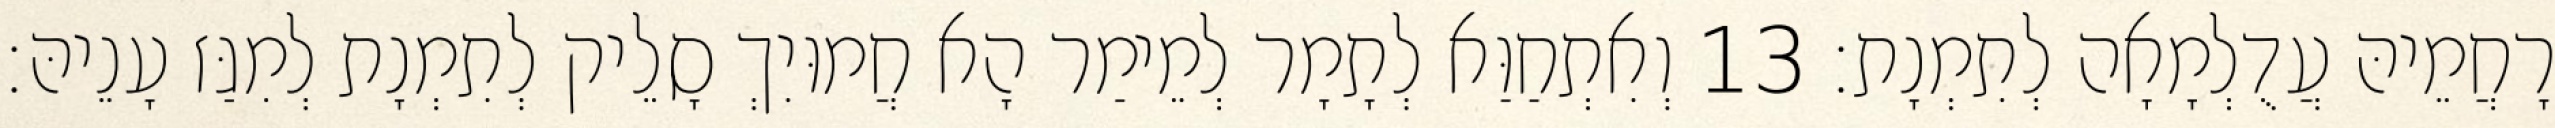
רָחֲמֵיהּ עֲדֻלְמָאָה לְתִמְנָת׃ 13 וְאִתְחַוַּא לְתָמָר לְמֵימַר הָא חֲמוּיִךְ סָלֵיק לְתִמְנָת לְמִגַּז עָנֵיהּ׃